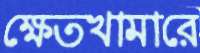
ক্ষেতখামারে